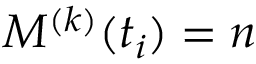
M ^ { ( k ) } ( t _ { i } ) = n